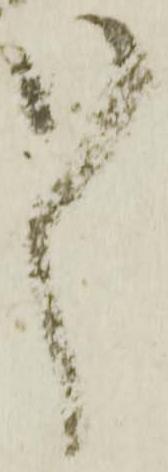
々